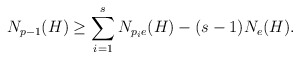
\begin{align*} N_{p-1}(H) \geq \sum_{i=1}^sN_{p_ie}(H)-(s-1)N_e(H). \end{align*}